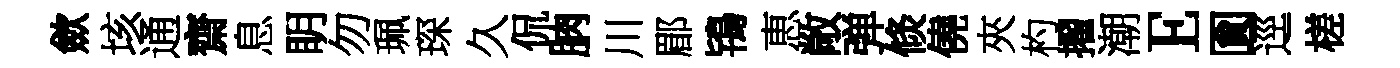
歛垓通齋息眀勿珮琛久侃朒川郿鴇恵敞弹倐僥夾杓擢潮E圎逕槎